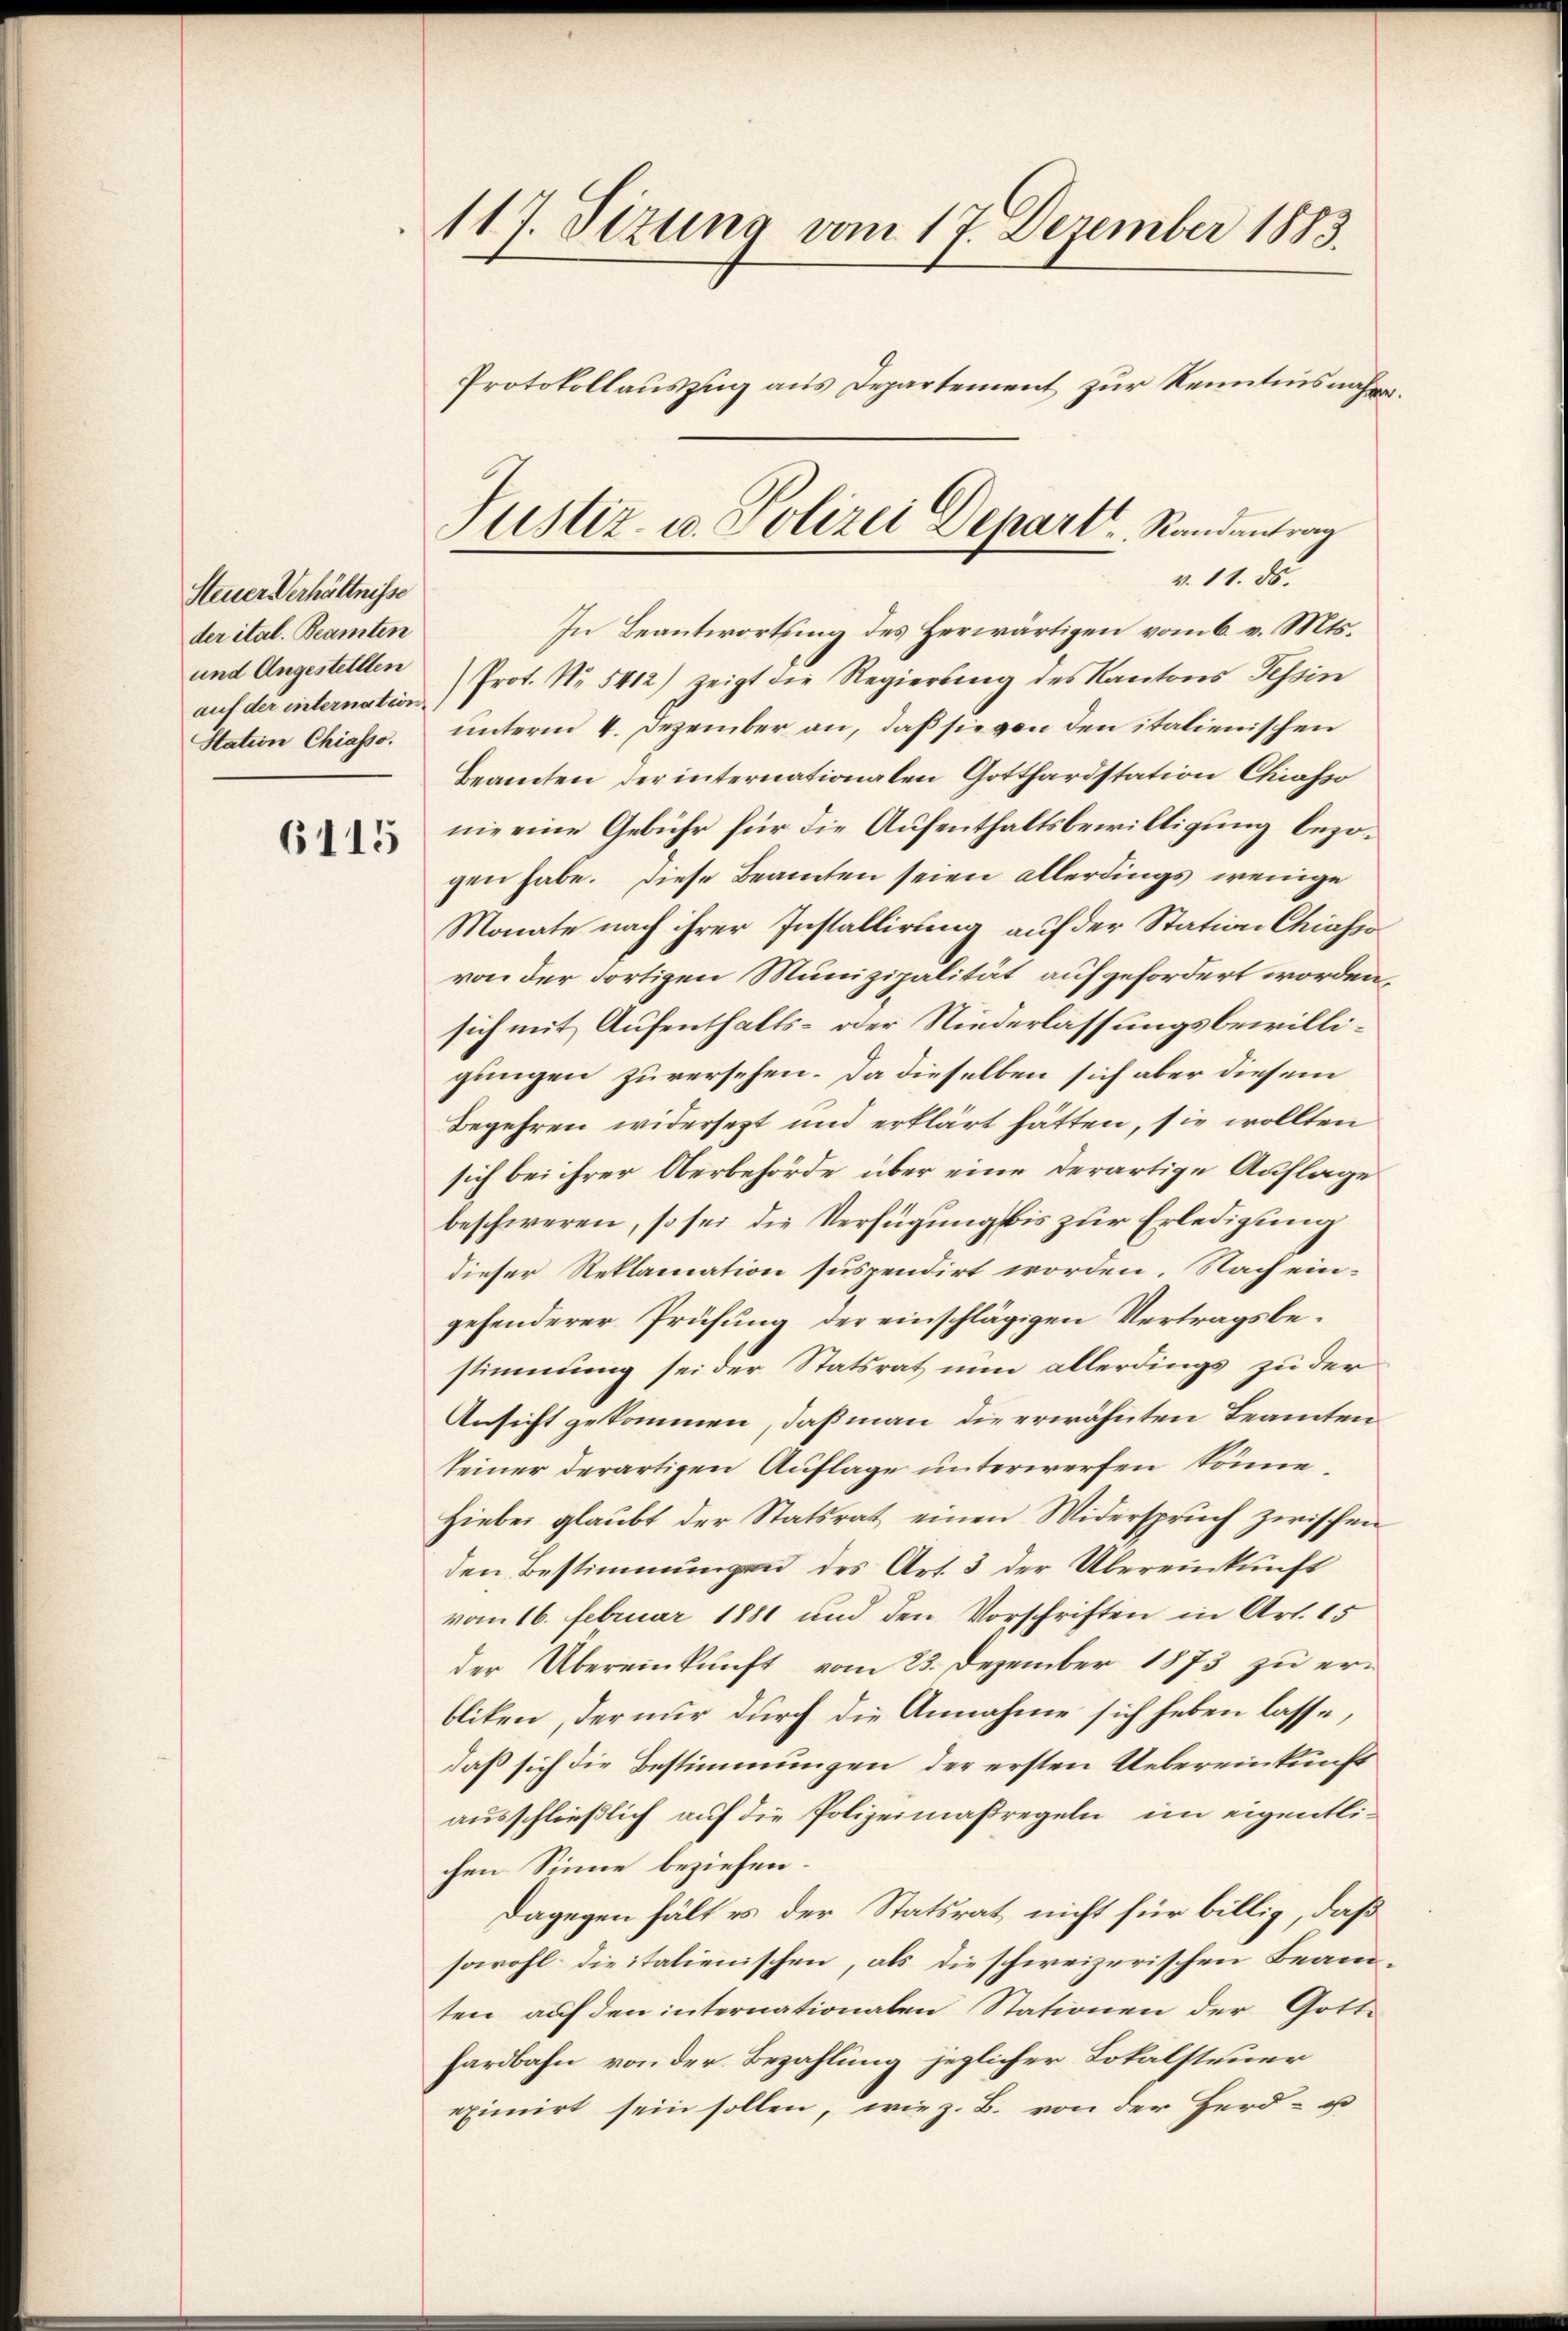
Steuer Verhältnisse
der ital. Beamten
und Angestellten

6115

117. Stzung vom 17. Dezember 1883.
Protokollauszug aus Departement zur Kenntnis nähe

In Beantwortung des Herwärtigen vom 6. v. Mts.
auf der internation) Prot. No. 5412) zeigt die Regierung des Kantons Tessin
Station Chiasso, unterm 4. Dezember an, daß sie von den italienischen
Beamten der internationalen Gotthardstation Chiasso
nie eine Gebühr für die Aufenthaltsbewilligung bezogen habe. Diese Beamten seien allerdings wenige
Monate nach ihrer Installirung auf der Station Chiasss
von der dortigen Munizipalität aufgefordert worden,
sich mit Aufenthalts- oder Niederlassungsbewilligungen zuversehen. Da dieselben sich aber diesem
Begehren widersezt und erklärt hätten, sie wollten
sich bei ihrer Oberbehörde über eine derartige Auflage
beschweren, so sei die Verfügung bis zur Erledigung
dieser Reklamation suspendirt worden. Nach ein-
gehenderer Prüfung der einschlägigen Vertragsbestimmung sei der Statsrat nun allerdings zu der
Ansicht gekommen, daß man die erwähnten Beamten
seiner derartigen Auflage unterwerfen könne.
Hiebei glaŭbt der Statsrat einen Widerspruch zwischen
den Bestimmungen des Art. 3 der Übereinkunft
vom 16. Februar 1881 und den Vorschriften in Art. 15
der Übereinkunft vom 23. Dezember 1873 zu erbliken, der nur durch die Annahme sich heben lasse,
daß sich die Bestimmungen der ersten Uebereinkunft
ausschließlich auf die Polizeimaßregeln, im eigentlichen Sinne beziehen.
Dagegen hält es der Statsrat nicht für billig, daß
sowohl dieitalienischen, als die schweizerischen Beam-
ten auf den internationalen Stationen der Gott-
hardbahn von der Bezahlung jeglicher Lokalsteuer
eximirt sein sollen, wie z. B. von der Herd- u

Justiz- u. Polizei Depart Randentrag
v. 11. ds.